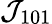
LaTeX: {\cal J}_{101}